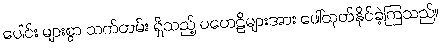
ပေါင်း များစွာ သက်တမ်း ရှိသည့် ပဟေဠိများအား ဖေါ်ထုတ်နိုင်ခဲ့ကြသည်။